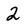
Character: 2